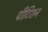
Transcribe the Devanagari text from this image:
पीटिशन